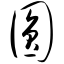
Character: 圆